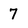
Character: 7